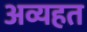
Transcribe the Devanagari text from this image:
अव्यहत